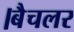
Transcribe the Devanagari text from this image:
।बैचलर